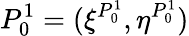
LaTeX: P_{0}^{1}=(\xi^{P_{0}^{1}},\eta^{P_{0}^{1}})